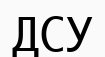
ДСУ